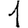
Digit: 1